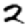
Digit: 2